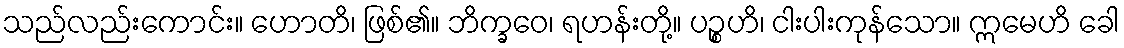
သည်လည်းကောင်း။ ဟောတိ၊ ဖြစ်၏။ ဘိက္ခဝေ၊ ရဟန်းတို့။ ပဉ္စဟိ၊ ငါးပါးကုန်သော။ ဣမေဟိ ခေါ